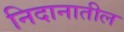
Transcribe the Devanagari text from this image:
निदानातील